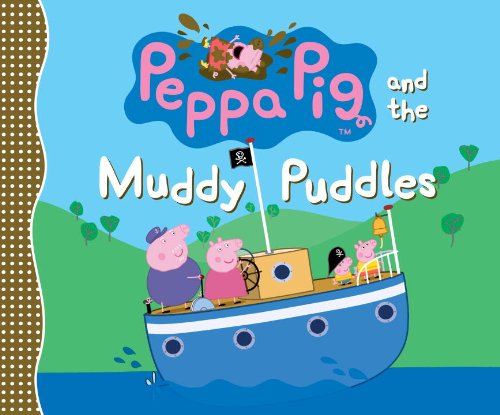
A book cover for Peppa Pig and the Muddy Puddles; Candlewick Press; Children's Books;